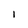
Character: 1